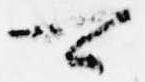
可